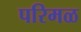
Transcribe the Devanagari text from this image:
परिमळ